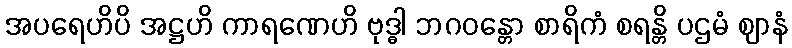
အပရေဟိပိ အဋ္ဌဟိ ကာရဏေဟိ ဗုဒ္ဓါ ဘဂဝန္တော စာရိကံ စရန္တိ ပဌမံ ဈာနံ